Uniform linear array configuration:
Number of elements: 32
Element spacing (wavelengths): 0.5
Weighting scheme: kaiser
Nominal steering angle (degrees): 45
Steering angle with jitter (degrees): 44.692
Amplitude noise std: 0.05
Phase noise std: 0.05

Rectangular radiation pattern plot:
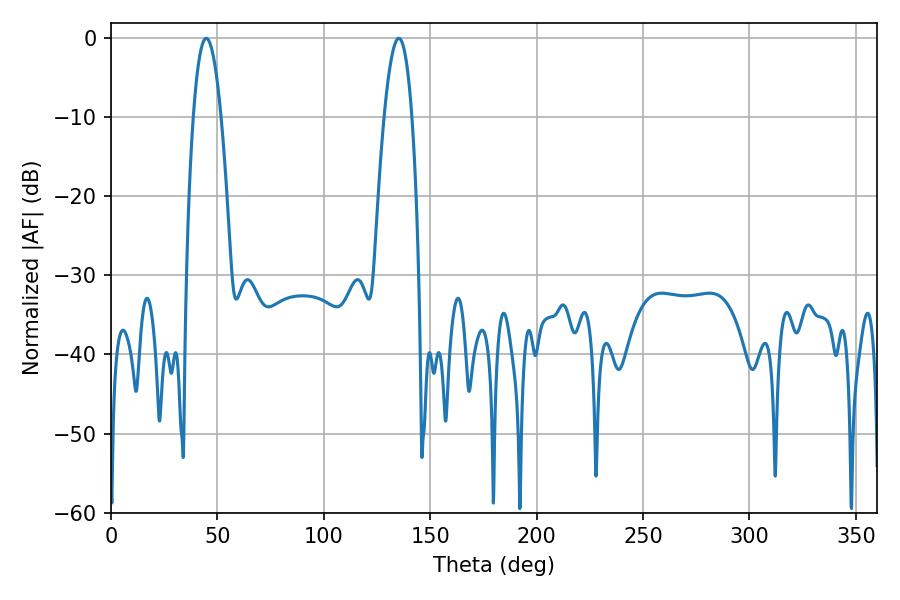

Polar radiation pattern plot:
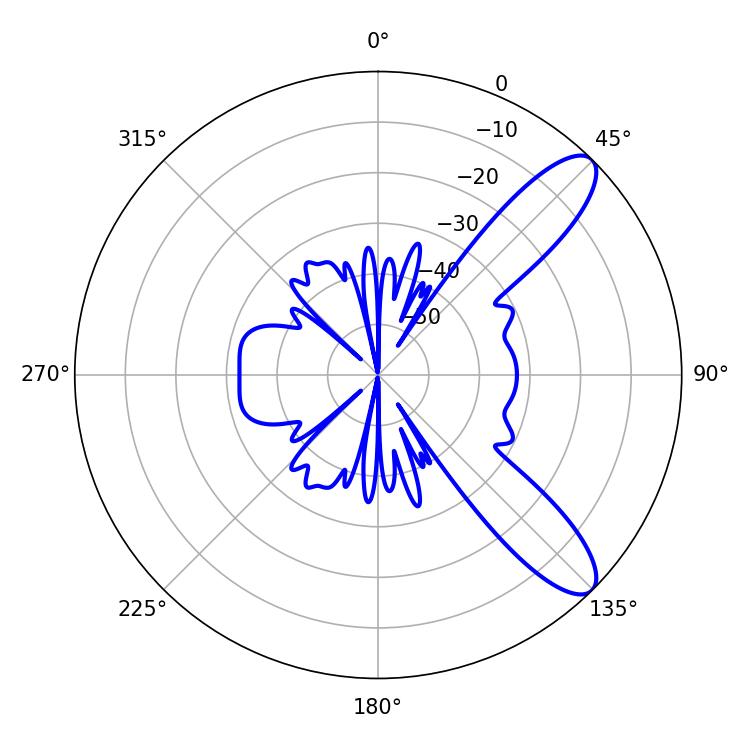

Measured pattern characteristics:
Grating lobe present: FALSE
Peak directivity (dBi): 10.203
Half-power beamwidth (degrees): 7.2
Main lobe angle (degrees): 44.82